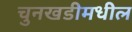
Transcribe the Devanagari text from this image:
चुनखडीमधील